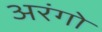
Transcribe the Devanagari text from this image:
अरंगो